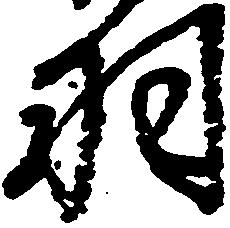
羽